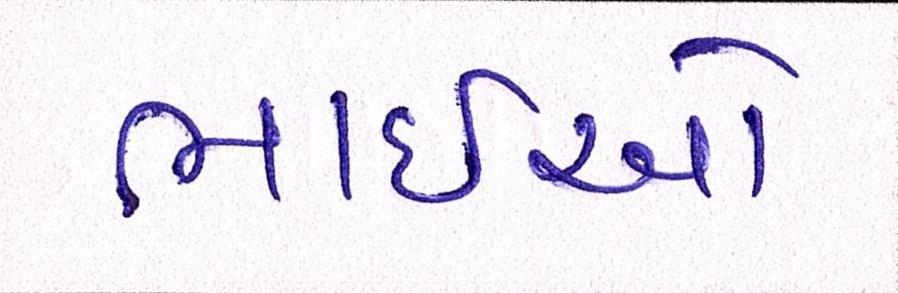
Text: ભાઈઓ